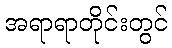
အရာရာတိုင်းတွင်